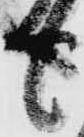
も